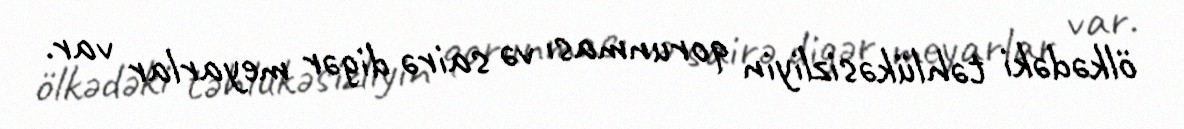
ölkədəki təhlükəsizliyin qorunması və sairə digər meyarlar var.